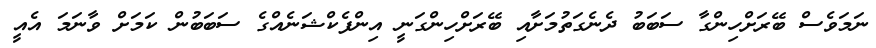
ނަމަވެސް ބޭރަށްހިންގާ ސަބަބު ދެނެގަތުމަށާއި ބޭރަށްހިންގަނީ އިންފެކްޝަނެއްގެ ސަބަބުން ކަމަށް ވާނަމަ އެއީ